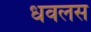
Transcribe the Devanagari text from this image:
धवलस